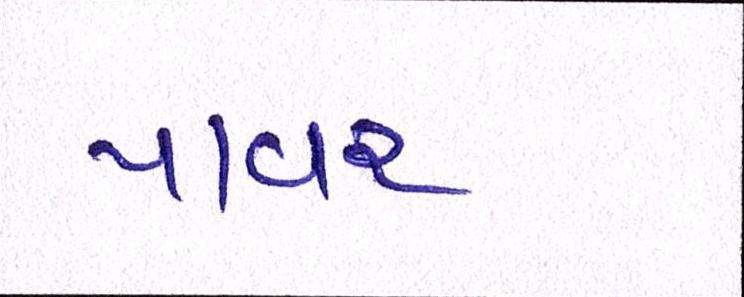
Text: પાવર